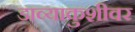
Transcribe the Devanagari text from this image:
डाव्याकुशीवर